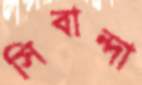
সিবান্দা